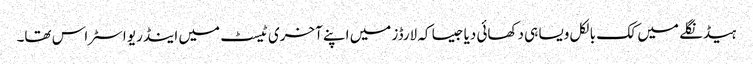
ہیڈنگلے میں کک بالکل ویسا ہی دکھائی دیا جیسا کہ لارڈز میں اپنے آخری ٹیسٹ میں اینڈریو اسٹراس تھا۔